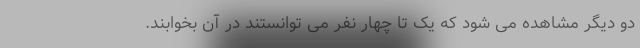
دو دیگر مشاهده می شود که یک تا چهار نفر می توانستند در آن بخوابند.